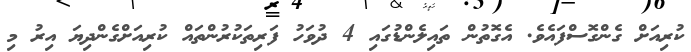
ކުރިއަށް ގެންގޮސްފައެވެ. އެގޮތުން ތައިލެންޑުގައި 4 ދުވަހު ފަރިތަކުރުންތައް ކުރިއަށްގެންދިޔަ އިރު މި